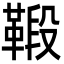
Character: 𩋦